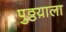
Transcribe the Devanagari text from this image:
पुठ्ठय़ाला